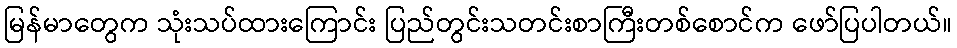
မြန်မာတွေက သုံးသပ်ထားကြောင်း ပြည်တွင်းသတင်းစာကြီးတစ်စောင်က ဖော်ပြပါတယ်။